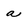
Character: a